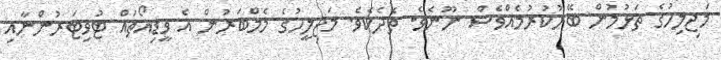
މަޖިލިހުގެ ތަޅުމުން ބޭރުކުރުމެއްވެސް ނޫނެވެ. ތެދެކެވެ. މަޖިލީހުގެ މެމްބަރުން އެ ވީޑިއޯތައް ޓުވިޓަރުންނާއި